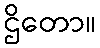
ဌိတော။